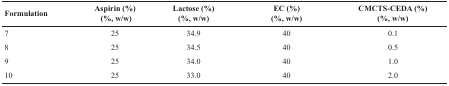
| Formulation | Aspirin (%)(%, w/w) | Lactose (%)(%, w/w) | EC (%)(%, w/w) | CMCTS-CEDA (%)(%, w/w) |
 | --- | --- | --- | --- | --- |
 | 7 | 25 | 34.9 | 40 | 0.1 |
 | 8 | 25 | 34.5 | 40 | 0.5 |
 | 9 | 25 | 34.0 | 40 | 1.0 |
 | 10 | 25 | 33.0 | 40 | 2.0 |